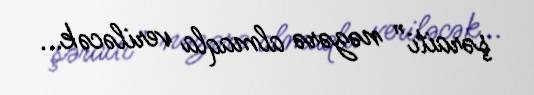
şəraiti” nəzərə almaqla veriləcək...